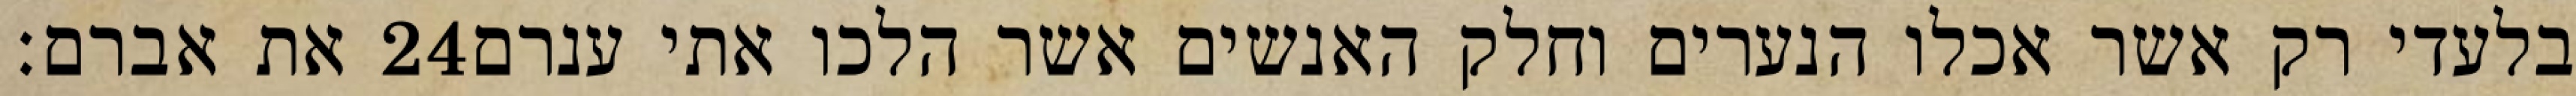
את אברם׃ ‎24‏ בלעדי רק אשר אכלו הנערים וחלק האנשים אשר הלכו אתי ענרם